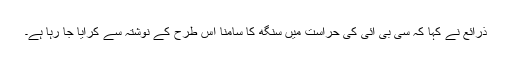
ذرائع نے کہا کہ سی بی آئی کی حراست میں سنگھ کا سامنا اس طرح کے نوشتہ سے کرایا جا رہا ہے۔